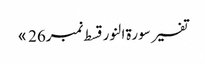
تفسیر سورۃ النور قسط نمبر26 »